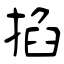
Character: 掐